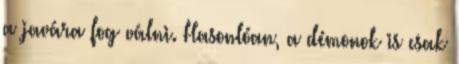
a javára fog válni. Hasonlóan, a démonok is csak